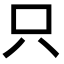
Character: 只